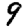
Digit: 9